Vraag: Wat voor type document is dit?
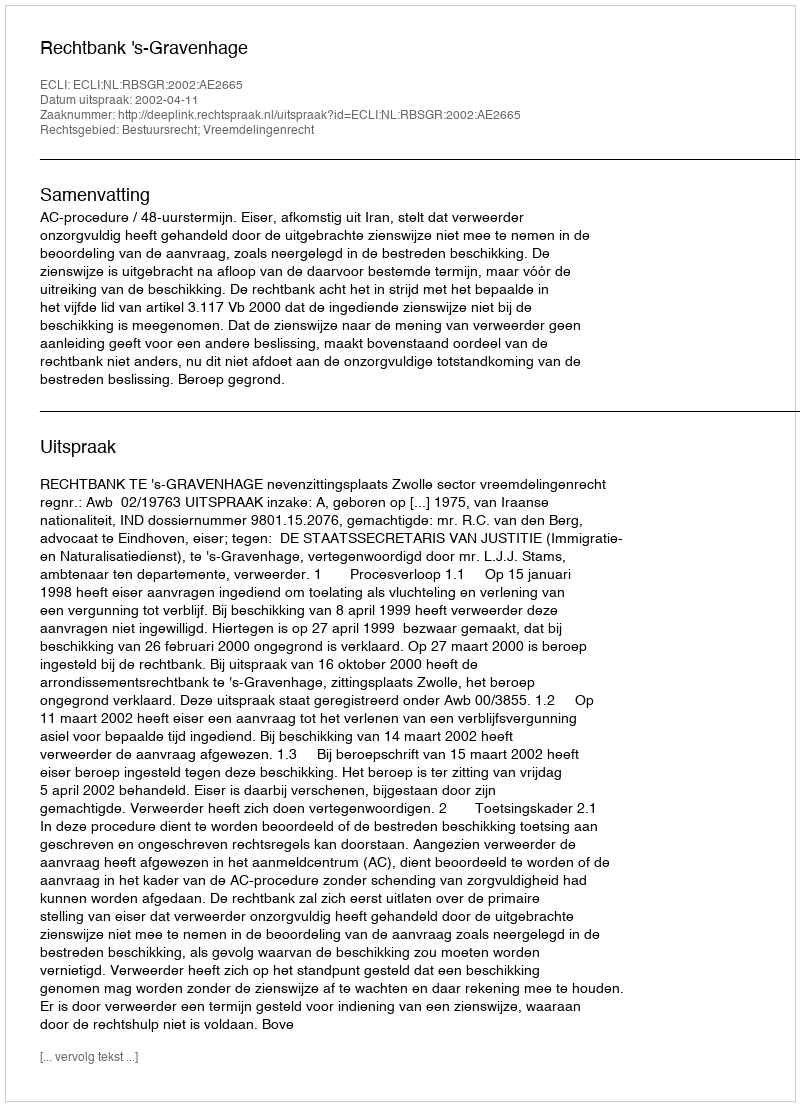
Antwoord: Uitspraak